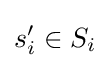
s_{i}^{\prime }\in S_{i}